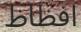
افظاظ